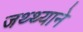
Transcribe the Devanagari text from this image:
जथ्थ्याने